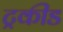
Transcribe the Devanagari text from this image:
ट्रकीड